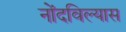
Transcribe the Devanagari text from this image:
नोंदविल्यास